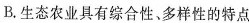
B. 生态农业具有综合性、多样性的特点